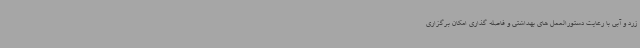
زرد و آبی با رعایت دستورالعمل های بهداشتی و فاصله گذاری امکان برگزاری